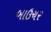
બાઉચર